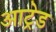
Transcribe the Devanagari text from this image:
आट्रेड